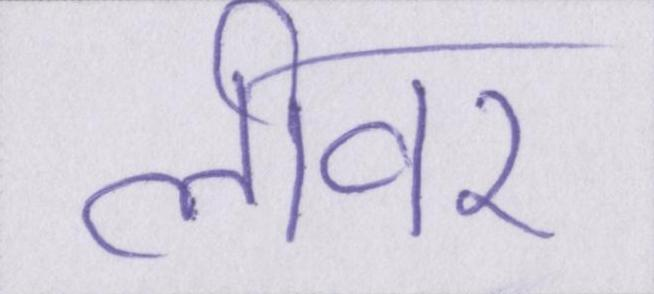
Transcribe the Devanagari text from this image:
लीवर